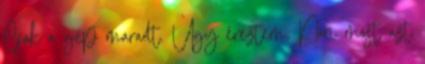
Csak a gép maradt. Úgy éreztem, Nóri most azt